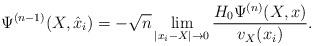
LaTeX: \begin{align*}\Psi^{(n-1)}(X,\hat{x}_i) = -\sqrt{n} \lim_{|x_i-X| \to 0} \frac{H_0\Psi^{(n)}(X,x)}{v_X(x_i)}.\end{align*}